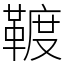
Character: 䩲